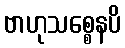
ဗာဟုသစ္စေနပိ